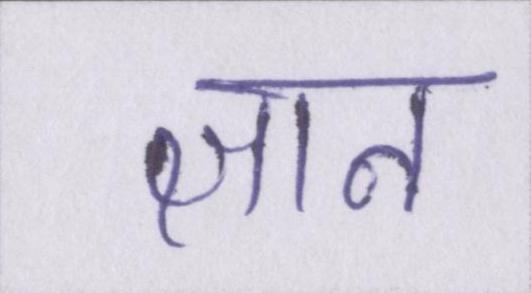
ज्ञान